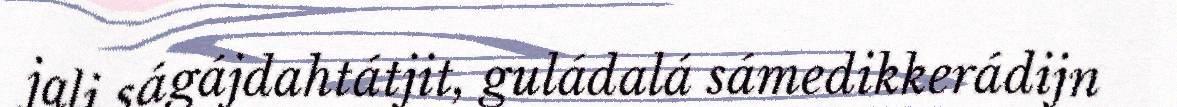
jali ságájdahtátjit, guládalá sámedikkerádijn